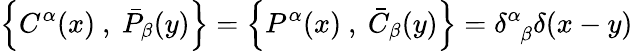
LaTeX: \left\{ C^{\alpha}(x)~,~\bar{P}_{\beta}(y)\right\} =\left\{ P^{\alpha}(x)~,~\bar{C}_{\beta}(y)\right\} =\delta_{\hphantom{\alpha}\beta}^{\alpha}\delta(x-y)